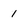
Character: 1